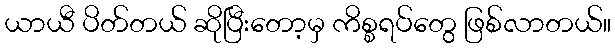
ယာယီ ပိတ်တယ် ဆိုပြီးတော့မှ ကိစ္စရပ်တွေ ဖြစ်လာတယ်။